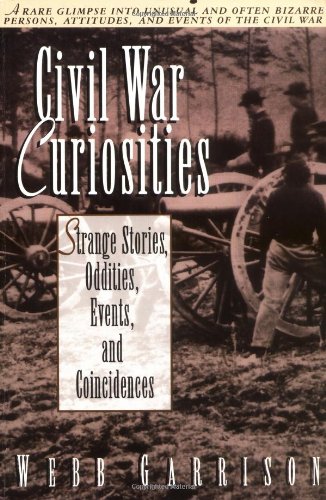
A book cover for Civil War Curiosities: Strange Stories, Oddities, Events, and Coincidences; Webb Garrison; History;